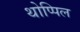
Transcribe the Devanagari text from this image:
थोप्पिल